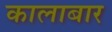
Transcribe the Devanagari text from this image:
कालाबार